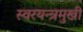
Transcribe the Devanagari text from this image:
स्वरयन्त्रमुखी